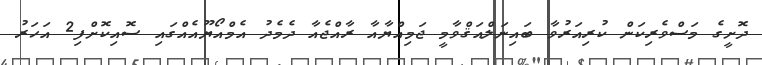
ދޮށީގެ މަސްވެރިކަން ކުރިއަރުވާ ބައިނަލްއަޤްވާމީ ޖަމިއްޔާއާ ރާއްޖެއާ ދެމެދު އެމްއޯޔޫއެއްގައި ސޮއިކޮށްފި2 އަހަރު